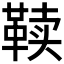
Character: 𱁷